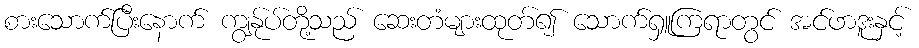
စားသောက်ပြီးနောက် ကျွန်ုပ်တို့သည် ဆေးတံများထုတ်၍ သောက်ရှူကြရာတွင် အင်ဖာဒူးနှင့်